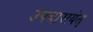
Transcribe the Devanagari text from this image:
उपवासयेत्